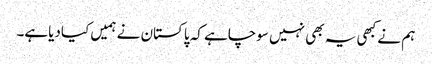
ہم نے کبھی یہ بھی نہیں سوچاہے کہ پاکستان نے ہمیں کیادیاہے۔